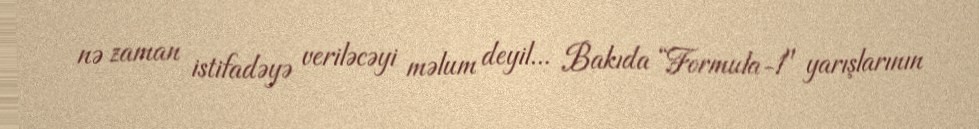
nə zaman istifadəyə veriləcəyi məlum deyil... Bakıda “Formula-1" yarışlarının